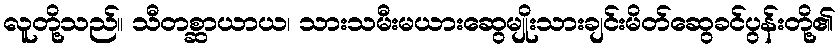
လူတို့သည်။ သီတစ္ဆာယာယ၊ သားသမီးမယားဆွေမျိုးသားချင်းမိတ်ဆွေခင်ပွန်းတို့၏